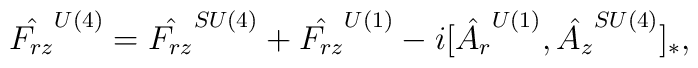
\hat{F_{rz}}^{U(4)}=\hat{F_{rz}}^{SU(4)}+\hat{F_{rz}}^{U(1)}-i[\hat{A_r}^{U(1)},\hat{A_z}^{SU(4)}]_*,